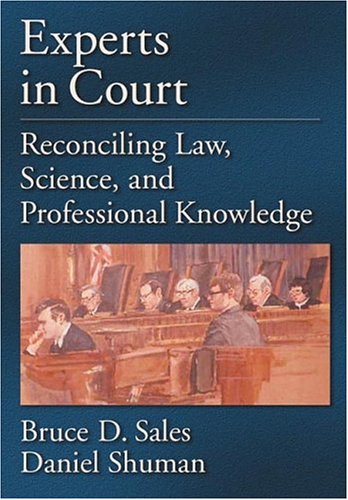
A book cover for Experts In Court: Reconciling Law, Science, And Professional Knowledge (Law and Public Policy: Psychology and the Social Sciences); Bruce Dennis Sales; Law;